Indian journal of veterinary science and animal husbandry - Volumes 24-25, 1954-1955
Year: 1954
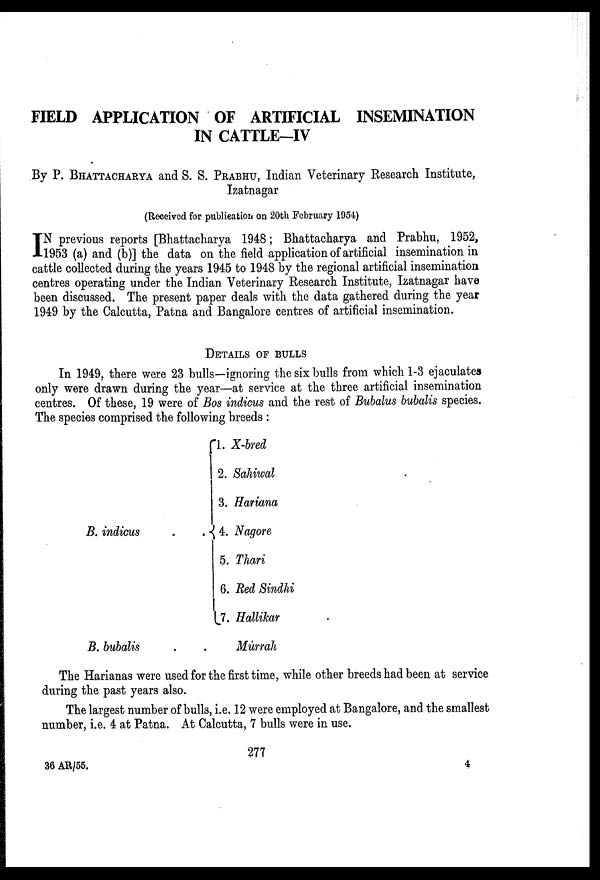
FIELD APPLICATION OF ARTIFICIAL INSEMINATION
IN CATTLE-IV
By P. BHATTACHARYA and S. S. PRABHU, Indian Veterinary Research Institute,
Izatnagar
(Received for publication on 20th February 1954)
I N previous reports [Bhattacharya 1948; Bhattacharya and Prabhu, 1952,
1953 (a) and (b)] the data on the field application of artificial insemination in
cattle collected during the years 1945 to 1948 by the regional artificial insemination
centres operating under the Indian Veterinary Research Institute, Izatnagar have
been discussed. The present paper deals with the data gathered during the year
1949 by the Calcutta, Patna and Bangalore centres of artificial insemination.
DETAILS OF BULLS
In 1949, there were 23 bulls—ignoring the six bulls from which 1-3 ejaculates
only were drawn during the year—at service at the three artificial insemination
centres. Of these, 19 were of Bos indicus and the rest of Bubalus bubalis species.
The species comprised the following breeds :
B. indicus
B. bubalis
1. X-bred
2. Sahiwal
3. Hariana
4. Nagore
5. Thari
6. Red Sindhi
7. Hallikar
Murrah
The Harianas were used for the first time, while other breeds had been at service
during the past years also.
The largest number of bulls, i.e. 12 were employed at Bangalore, and the smallest
number, i.e. 4 at Patna. At Calcutta, 7 bulls were in use.
277
36 AR/55,
4